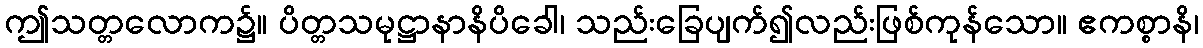
ဤသတ္တလောက၌။ ပိတ္တသမုဋ္ဌာနာနိပိခေါ၊ သည်းခြေပျက်၍လည်းဖြစ်ကုန်သော။ ဧကစ္စာနိ၊